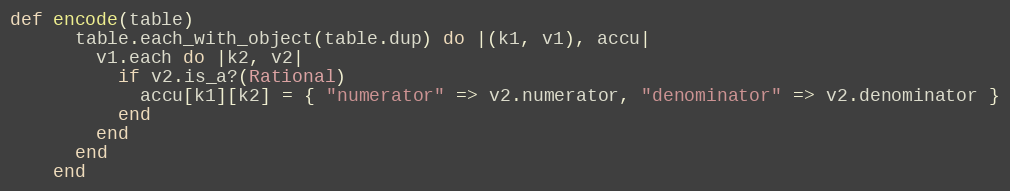
Language: Ruby
def encode(table)
      table.each_with_object(table.dup) do |(k1, v1), accu|
        v1.each do |k2, v2|
          if v2.is_a?(Rational)
            accu[k1][k2] = { "numerator" => v2.numerator, "denominator" => v2.denominator }
          end
        end
      end
    end